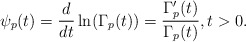
\begin{align*}\psi_p(t)=\frac{d}{dt}\ln(\Gamma_p(t))=\frac{\Gamma_p'(t)}{\Gamma_p(t)},t>0.\end{align*}